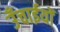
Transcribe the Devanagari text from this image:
उँचाईयों